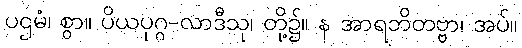
ပဌမံ၊ စွာ။ ပိယပုဂ္ဂ-လာဒီသု၊ တို့၌။ န အာရဘိတဗ္ဗာ၊ အပ်။